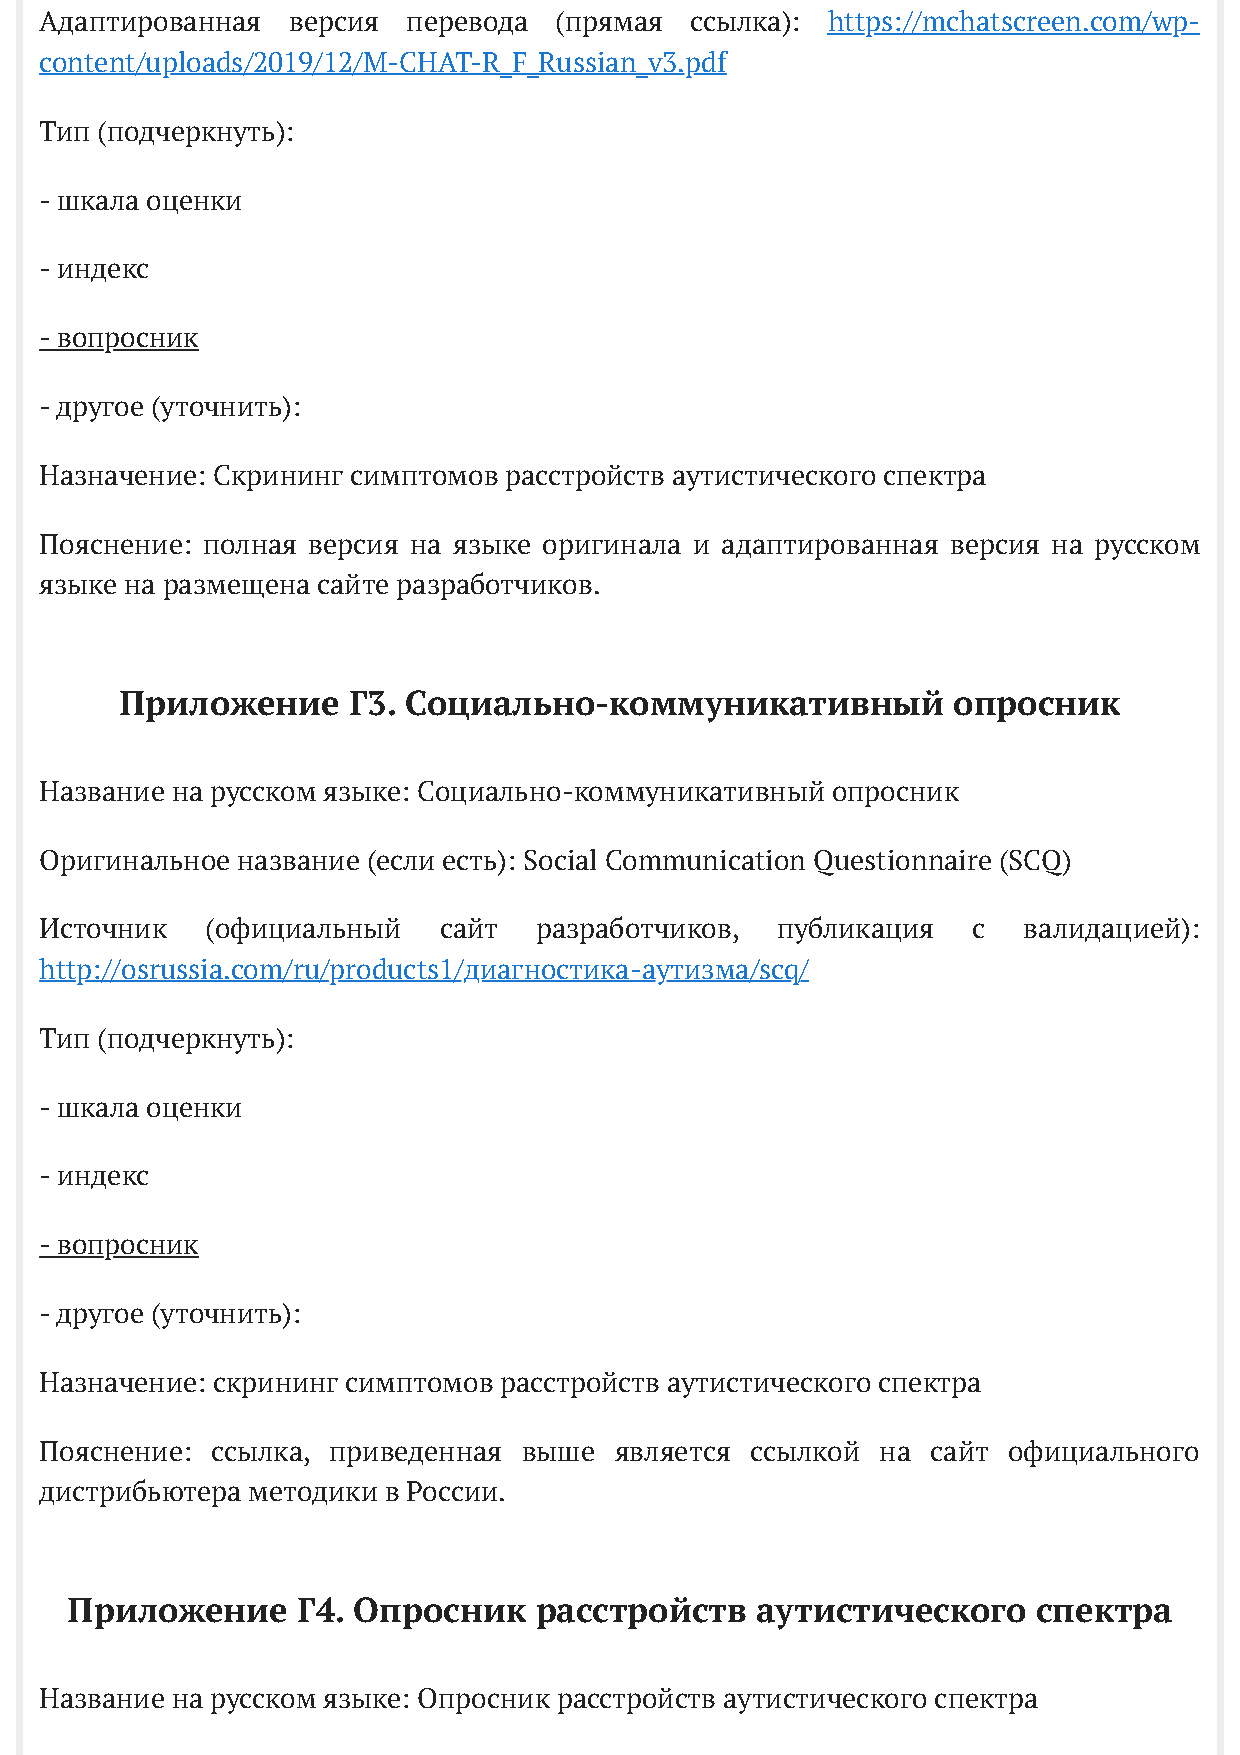
Адаптированная  версия  перевода  (прямая  ссылка): https://mchatscreen.com/wp-
 content/uploads/2019/12/M-CHAT-R_F_Russian_v3.pdf
 Тип (подчеркнуть):
 - шкала оценки
 - индекс
 - вопросник
 - другое (уточнить):
 Назначение: Cкрининг симптомов расстройств аутистического спектра
 Пояснение: полная версия на языке оригинала и адаптированная версия на русском
 языке на размещена сайте разработчиков.
 Приложение     Г3. Социально-коммуникативный           опросник
 Название на русском языке: Социально-коммуникативный опросник
 Оригинальное название (если есть): Social Communication Questionnaire (SCQ)
 Источник   (официальный   сайт  разработчиков,  публикация   с   валидацией):
 http://osrussia.com/ru/products1/диагностика-аутизма/scq/
 Тип (подчеркнуть):
 - шкала оценки
 - индекс
 - вопросник
 - другое (уточнить):
 Назначение: скрининг симптомов расстройств аутистического спектра
 Пояснение: ссылка, приведенная  выше  является ссылкой на  сайт официального
 дистрибьютера методики в России.
 Приложение      Г4. Опросник   расстройств    аутистического     спектра
 Название на русском языке: Опросник расстройств аутистического спектра